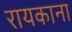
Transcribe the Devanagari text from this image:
रायकाना